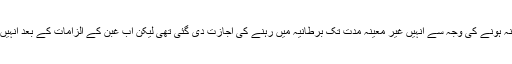
2015 میں زمیرہ پر الزامات ثابت نہ ہونے کی وجہ سے انہیں غیر معینہ مدت تک برطانیہ میں رہنے کی اجازت دی گئی تھی لیکن اب غبن کے الزامات کے بعد انہیں آذربائیجان واپس بھیجا جا سکتا ہے۔